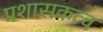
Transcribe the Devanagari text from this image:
प्रशासकत्व